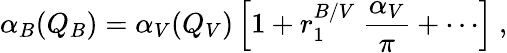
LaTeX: \alpha_{B}(Q_{B})=\alpha_{V}(Q_{V})\left[1+r_{1}^{B/V}\ {\frac{\alpha_{V}}{\pi}}+\cdots\right]\ ,